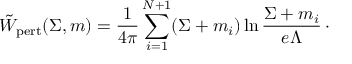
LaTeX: \tilde { W } _ { \mathrm { p e r t } } ( \Sigma , m ) = { \frac { 1 } { 4 \pi } } \sum _ { i = 1 } ^ { N + 1 } ( \Sigma + m _ { i } ) \ln { \frac { \Sigma + m _ { i } } { e \Lambda } } \, \cdotp